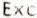
EXC